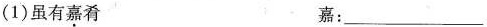
(1)虽有嘉肴 嘉：___